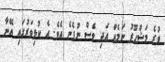
ވުރެ މަޝްހޫރު ނަމެއް އަދި ވެސް ނުފެނެ އެވެ. އެ ކުޅިވަރުގައި އޭނާ